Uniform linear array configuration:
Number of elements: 12
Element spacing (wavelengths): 0.75
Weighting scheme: hann
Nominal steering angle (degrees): -60
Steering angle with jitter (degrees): -60.566
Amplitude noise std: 0.05
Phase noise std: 0.05

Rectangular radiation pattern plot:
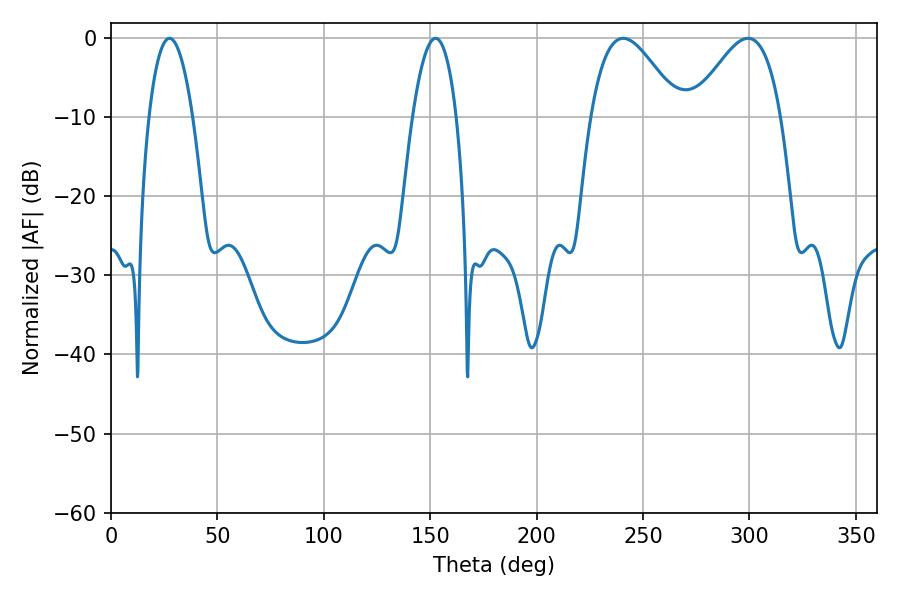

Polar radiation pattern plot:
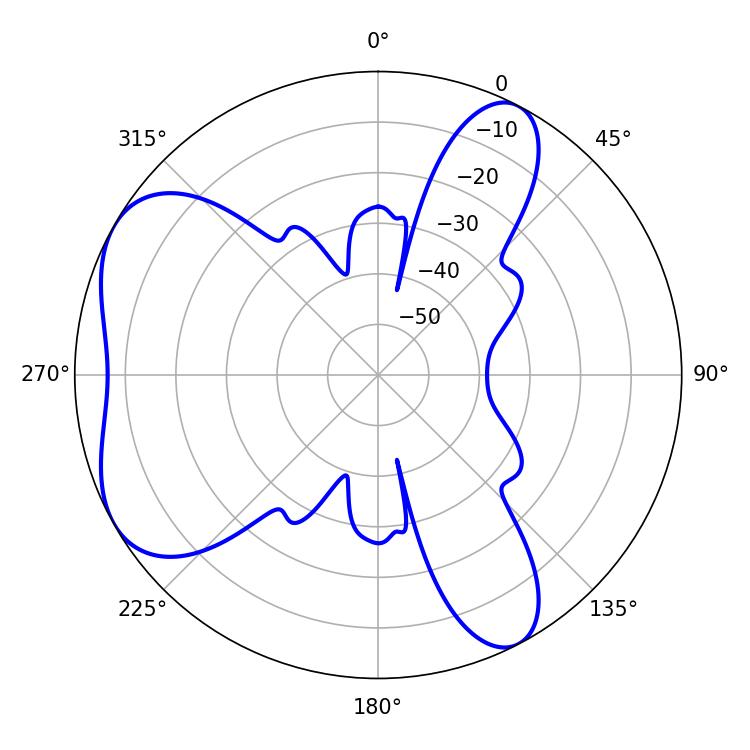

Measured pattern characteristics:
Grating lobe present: TRUE
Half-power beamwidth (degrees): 22.32
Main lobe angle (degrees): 240.66